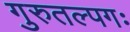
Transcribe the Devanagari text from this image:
गुरुतल्पगः